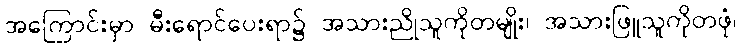
အကြောင်းမှာ မီးရောင်ပေးရာ၌ အသားညိုသူကိုတမျိုး၊ အသားဖြူသူကိုတဖုံ၊